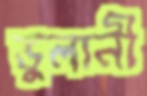
ভুলানী